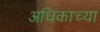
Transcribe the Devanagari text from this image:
अधिकाच्या